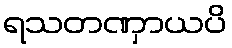
ရသတဏှာယပိ